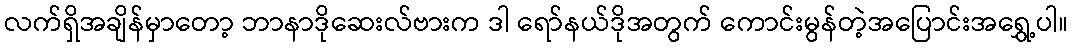
လက်ရှိအချိန်မှာတော့ ဘာနာဒိုဆေးလ်ဗားက ဒါ ရော်နယ်ဒိုအတွက် ကောင်းမွန်တဲ့အပြောင်းအရွှေ့ပါ။